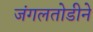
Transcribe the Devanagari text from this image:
जंगलतोडीने